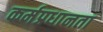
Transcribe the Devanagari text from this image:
कर्मप्रधानता